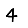
Digit: 4